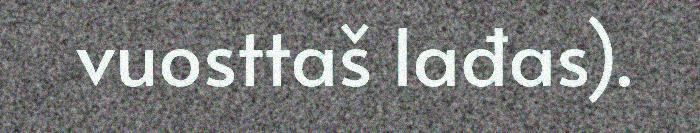
vuosttaš lađas).